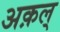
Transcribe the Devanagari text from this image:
अक़ल्‌